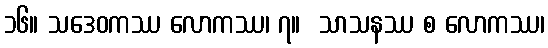
၁၆။ သဒေဝကဿ လောကဿ၊ ၇။  သာသနဿ စ လောကဿ၊